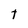
Character: t